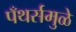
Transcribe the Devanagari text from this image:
पँथर्समुळे